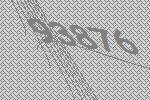
93876